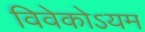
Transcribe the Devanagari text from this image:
विवेकोऽयम